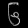
Digit: ၆